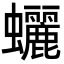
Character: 𧕯